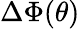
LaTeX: \Delta\Phi(\theta)